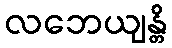
လဘေယျန္တိ